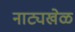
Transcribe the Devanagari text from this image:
नाट्यखेळ